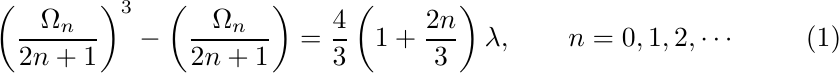
\begin{equation}\label{E:3cifang}
	\left(\dfrac{\Omega_n}{2n+1}\right)^3-\left(\dfrac{\Omega_n}{2n+1}\right)=\dfrac{4}{3}\left(1+\dfrac{2n}{3}\right)\lambda,\qquad n=0,1,2,\cdots
\end{equation}